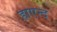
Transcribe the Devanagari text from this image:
हाएन्द